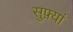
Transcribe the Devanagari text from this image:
सुफ़्यां